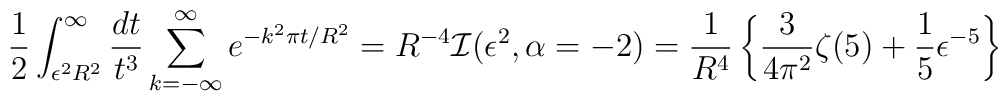
\frac{1}{2}\int_{\epsilon^2 R^2}^{\infty}\frac{dt}{t^{3}} \sum_{k=-\infty}^{\infty}e^{-k^2 \pi t/R^2}=R^{-4}{\cal I}(\epsilon^2,\alpha=-2)=\frac{1}{R^{4}}\left\{\frac{3}{4\pi^2}\zeta(5)+\frac{1}{5}\epsilon^{-5}\right\}